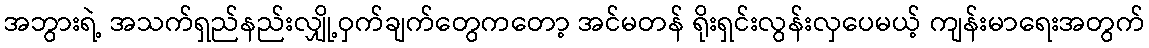
အဘွားရဲ့ အသက်ရှည်နည်းလျှို့ဝှက်ချက်တွေကတော့ အင်မတန် ရိုးရှင်းလွန်းလှပေမယ့် ကျန်းမာရေးအတွက်